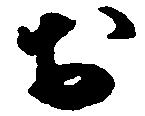
於